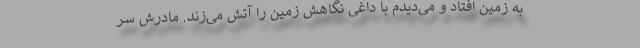
به زمین افتاد و می‌دیدم با داغیِ نگاهش زمین را آتش می‌زند. مادرش سر